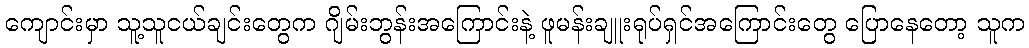
ကျောင်းမှာ သူ့သူငယ်ချင်းတွေက ဂျိမ်းဘွန်းအကြောင်းနဲ့ ဖူမန်းချူးရုပ်ရှင်အကြောင်းတွေ ပြောနေတော့ သူက